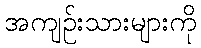
အကျဉ်းသားများကို